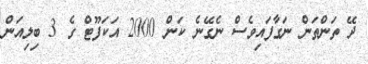
ދޭ ތަންތަން ނަގާފައިވެސް ނެގޭނެ ކަން 2000 އަކަފޫޓް ގެ 3 ބިލިއަން